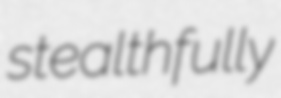
stealthfully